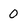
Character: O